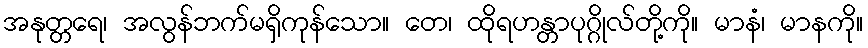
အနုတ္တရေ၊ အလွန်ဘက်မရှိကုန်သော။ တေ၊ ထိုရဟန္တာပုဂ္ဂိုလ်တို့ကို။ မာနံ၊ မာနကို။